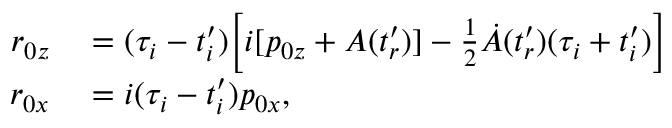
\begin{array} { r l } { r _ { 0 z } } & { { } = ( \tau _ { i } - t _ { i } ^ { \prime } ) \biggl [ i [ p _ { 0 z } + A ( t _ { r } ^ { \prime } ) ] - \frac { 1 } { 2 } \dot { A } ( t _ { r } ^ { \prime } ) ( \tau _ { i } + t _ { i } ^ { \prime } ) \biggr ] } \\ { r _ { 0 x } } & { { } = i ( \tau _ { i } - t _ { i } ^ { \prime } ) p _ { 0 x } , } \end{array}